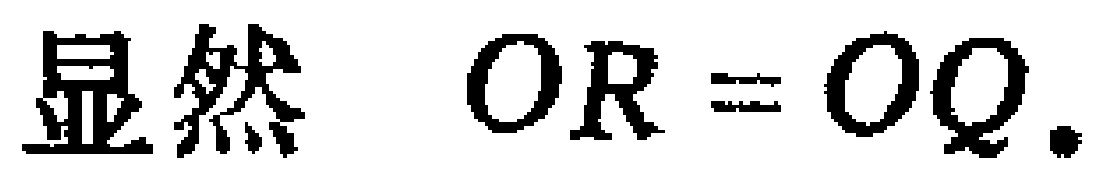
显然 \(OR = OQ.\)